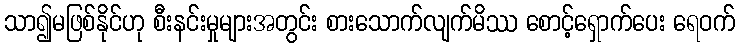
သာ၍မဖြစ်နိုင်ဟု စီးနင်းမှုများအတွင်း စားသောက်လျက်မိဿ စောင့်ရှောက်ပေး ရေဝက်